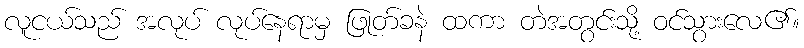
လူငယ်သည် အလုပ် လုပ်နေရာမှ ဖြုတ်ခနဲ ထကာ တဲအတွင်းသို့ ဝင်သွားလေ၏။